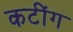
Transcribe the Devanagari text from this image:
कटींग